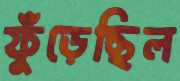
ফুঁড়েছিল